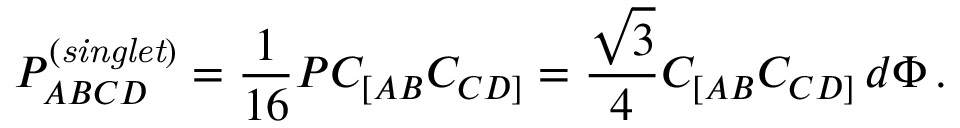
P _ { A B C D } ^ { \left( { \it s i n g l e t } \right) } = \frac { 1 } { 1 6 } P C _ { [ A B } C _ { C D ] } = \frac { \sqrt { 3 } } { 4 } C _ { [ A B } C _ { C D ] } \, d \Phi \, .